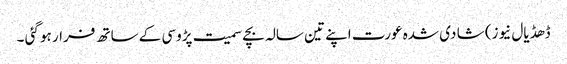
ڈھڈیال نیوز) شا دی شدہ عورت اپنے تین سالہ بچے سمیت پڑوسی کے ساتھ فرار ہو گئی ۔